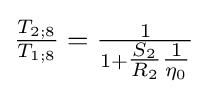
{\tfrac {T_{2;8}}{T_{1;8}}}={\tfrac {1}{1+{\tfrac {S_{2}}{R_{2}}}{\tfrac {1}{\eta _{0}}}}}